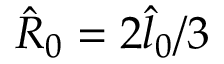
\hat { R } _ { 0 } = 2 \hat { l } _ { 0 } / 3